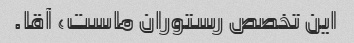
این تخصص رستوران ماست، آقا.